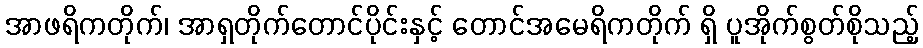
အာဖရိကတိုက်၊ အာရှတိုက်တောင်ပိုင်းနှင့် တောင်အမေရိကတိုက် ရှိ ပူအိုက်စွတ်စိုသည့်